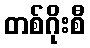
တစ်ဂိုးစီ